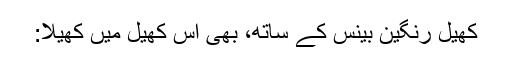
کھیل رنگین بینس کے ساتھ، بھی اس کھیل میں کھیلا: